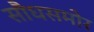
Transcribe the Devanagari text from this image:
सौधसमोर